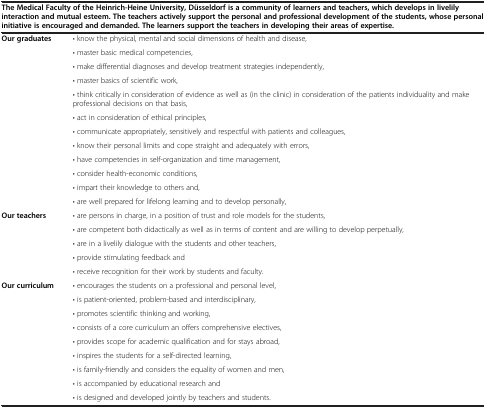
| <COLSPAN=2> The Medical Faculty of the Heinrich-Heine University, Düsseldorf is a community of learners and teachers, which develops in livelily interaction and mutual esteem. The teachers actively support the personal and professional development of the students, whose personal initiative is encouraged and demanded. The learners support the teachers in developing their areas of expertise. |
 | --- | --- |
 | Our graduates | • know the physical, mental and social dimensions of health and disease, |
 |  | • master basic medical competencies, |
 |  | • make differential diagnoses and develop treatment strategies independently, |
 |  | • master basics of scientific work, |
 |  | • think critically in consideration of evidence as well as (in the clinic) in consideration of the patients individuality and make professional decisions on that basis, |
 |  | • act in consideration of ethical principles, |
 |  | • communicate appropriately, sensitively and respectful with patients and colleagues, |
 |  | • know their personal limits and cope straight and adequately with errors, |
 |  | • have competencies in self-organization and time management, |
 |  | • consider health-economic conditions, |
 |  | • impart their knowledge to others and, |
 |  | • are well prepared for lifelong learning and to develop personally, |
 | Our teachers | • are persons in charge, in a position of trust and role models for the students, |
 |  | • are competent both didactically as well as in terms of content and are willing to develop perpetually, |
 |  | • are in a livelily dialogue with the students and other teachers, |
 |  | • provide stimulating feedback and |
 |  | • receive recognition for their work by students and faculty. |
 | Our curriculum | • encourages the students on a professional and personal level, |
 |  | • is patient-oriented, problem-based and interdisciplinary, |
 |  | • promotes scientific thinking and working, |
 |  | • consists of a core curriculum an offers comprehensive electives, |
 |  | • provides scope for academic qualification and for stays abroad, |
 |  | • inspires the students for a self-directed learning, |
 |  | • is family-friendly and considers the equality of women and men, |
 |  | • is accompanied by educational research and |
 |  | • is designed and developed jointly by teachers and students. |